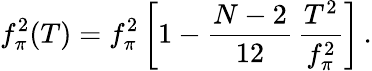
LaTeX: f_{\pi}^{2}(T)=f_{\pi}^{2}\left[1-\frac{N-2}{12}\, \frac{T^{2}}{f_{\pi}^{2}}\right]\, .